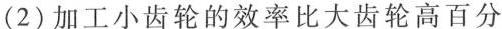
(2)加工小齿轮的效率比大齿轮高百分